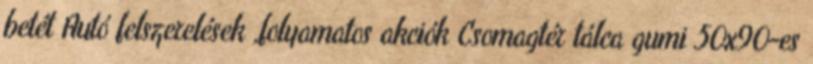
betét Autó felszerelések ,folyamatos akciók Csomagtér tálca gumi 50x90-es